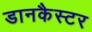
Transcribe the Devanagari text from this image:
डानकैस्टर